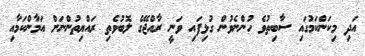
އަދި މިކަންކަމުގައި ސާބިތުވެ ހުންނެވުން ގުޅިފައި ވަނީ ރާއްޖޭގެ ލޮބުވެތި ރައްޔިތުންނަށް އަމާންކަމާއި